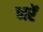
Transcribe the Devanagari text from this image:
नरें